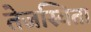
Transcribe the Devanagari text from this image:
तेजस्‍विता